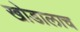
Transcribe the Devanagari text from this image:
खोडालाच